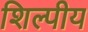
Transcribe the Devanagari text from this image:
शिल्पीय